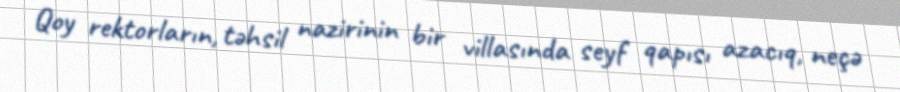
Qoy rektorların, təhsil nazirinin bir villasında seyf qapısı azacıq, neçə